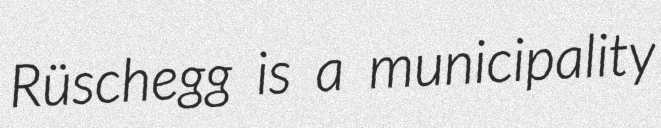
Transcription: Rüschegg is a municipality